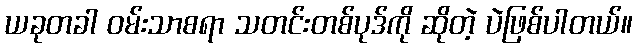
ယခုတခါ ဝမ်းသာစရာ သတင်းတစ်ပုဒ်ကို ဆိုတဲ့ ပဲဖြစ်ပါတယ်။